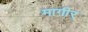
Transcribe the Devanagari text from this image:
मागीर्